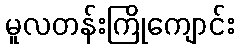
မူလတန်းကြိုကျောင်း